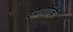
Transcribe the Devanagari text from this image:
इंद्रायणीची